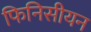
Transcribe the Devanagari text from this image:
फिनिसीयन